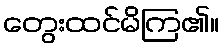
တွေးထင်မိကြ၏။